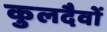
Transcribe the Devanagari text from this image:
कुलदैवों